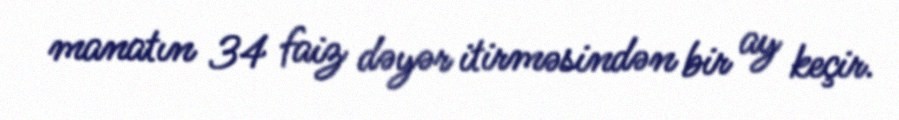
manatın 34 faiz dəyər itirməsindən bir ay keçir.